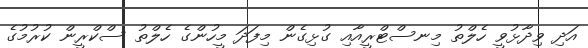
އަދި ވިދާޅުވީ ހެލްތު މިނސްޓްރީއާއި ގުޅިގެން މިފަދަ މީހުންގެ ހެލްތު ސްކްރީން ކުރުމުގެ